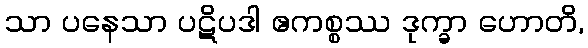
သာ ပနေသာ ပဋိပဒါ ဧကစ္စဿ ဒုက္ခာ ဟောတိ,